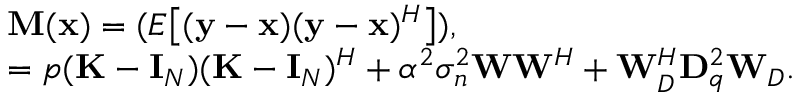
\begin{array} { r l } & { \mathbf { M } ( \mathbf { x } ) = ( E \big [ ( \mathbf { y } - \mathbf { x } ) ( \mathbf { y } - \mathbf { x } ) ^ { H } \big ] ) , } \\ & { = p ( \mathbf { K } - \mathbf { I } _ { N } ) ( \mathbf { K } - \mathbf { I } _ { N } ) ^ { H } + \alpha ^ { 2 } \sigma _ { n } ^ { 2 } \mathbf { W } \mathbf { W } ^ { H } + \mathbf { W } _ { D } ^ { H } \mathbf { D } _ { q } ^ { 2 } \mathbf { W } _ { D } . } \end{array}